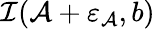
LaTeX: \mathcal{I}(\mathcal{A}+\varepsilon_{\mathcal{A}},b)